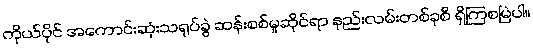
ကိုယ်ပိုင် အကောင်းဆုံးသရုပ်ခွဲ ဆန်းစစ်မှုဆိုင်ရာ နည်းလမ်းတစ်ခုစီ ရှိကြစမြဲပါ။